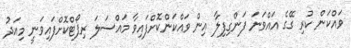
ވައްކަން ކުރި ގޭގެ އައްވަނަ ފަންގިފިލާ އިން ވައްކަންކޮށްފައިވާ މައްސަލަ ރިޕޯޓްކޮށްފައިވަނީ މިއަދު